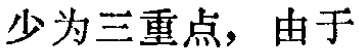
少为三重点，由于